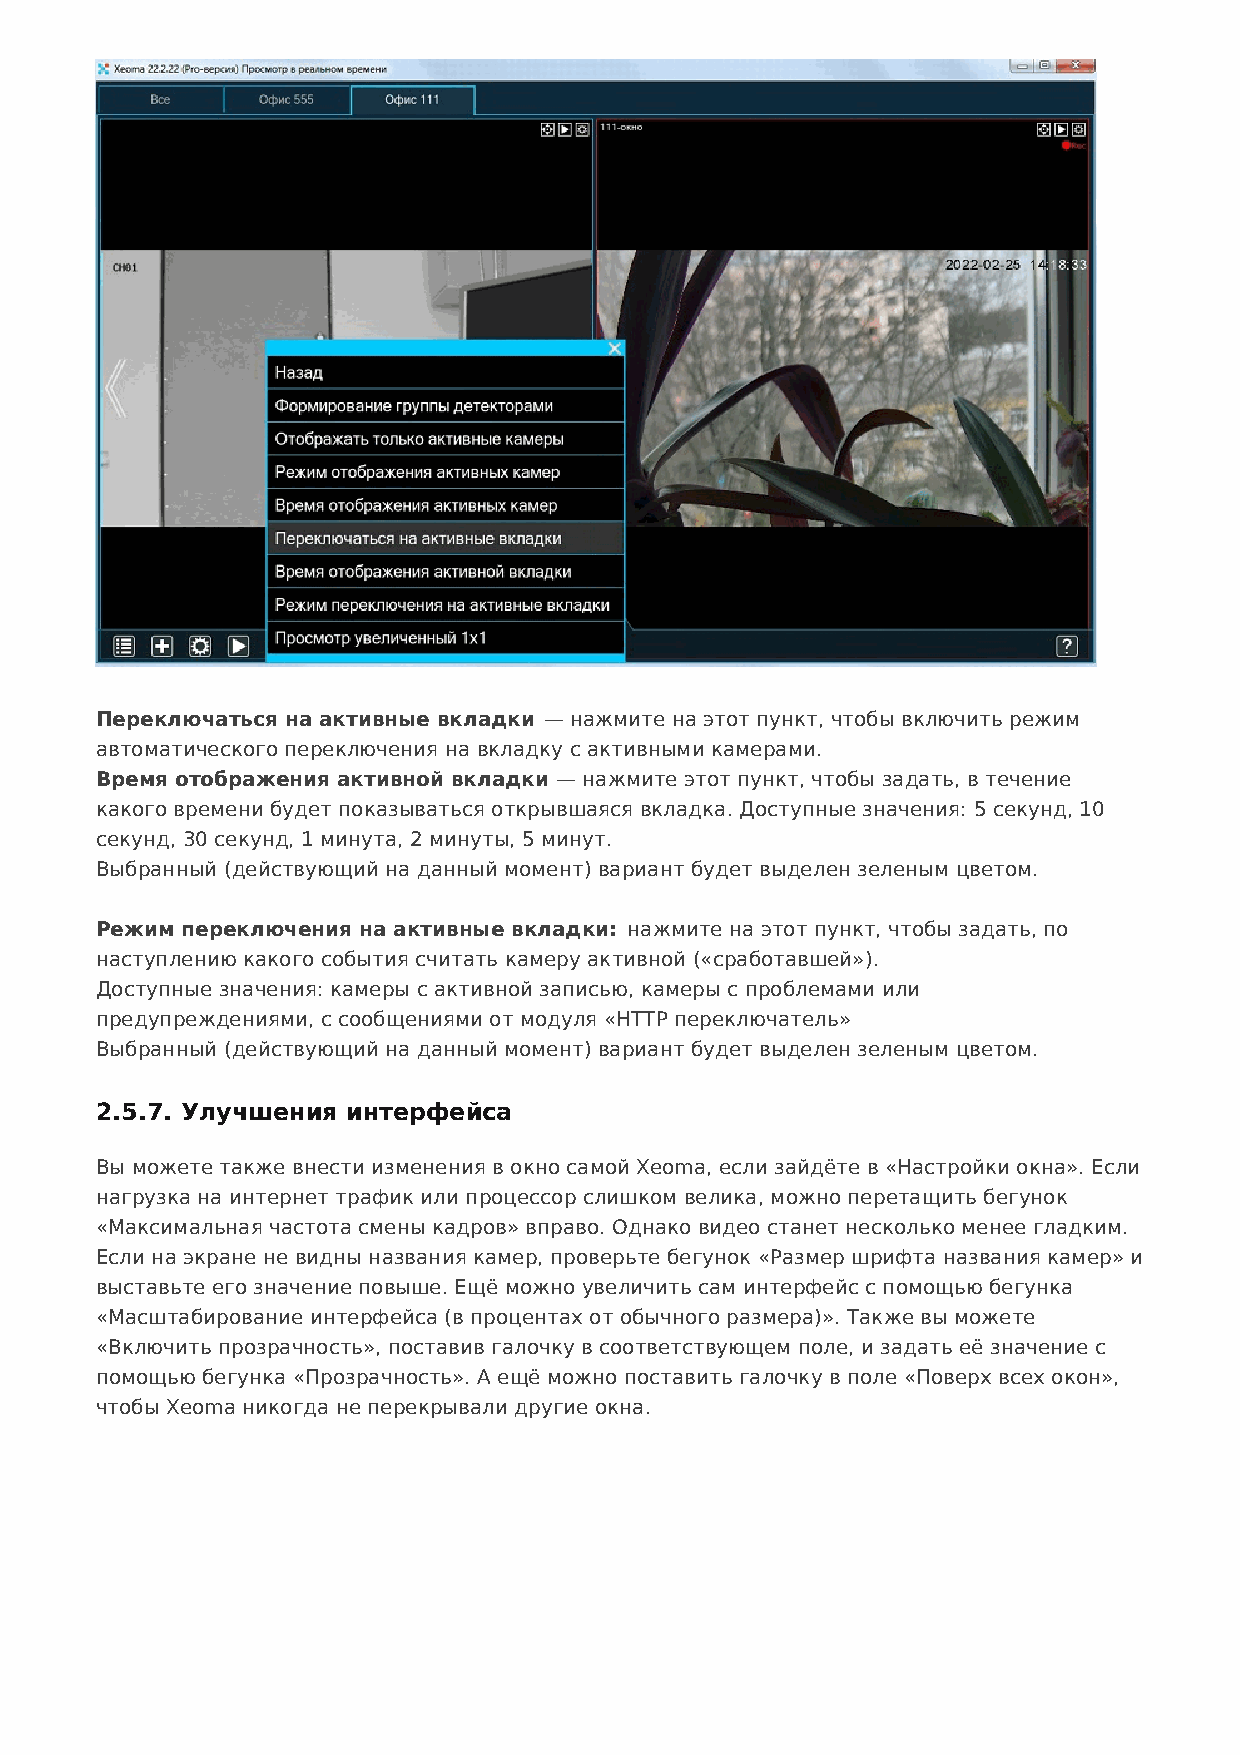
Переключаться на активные вкладки — нажмите на этот пункт, чтобы включить режим
 автоматического переключения на вкладку с активными камерами.
 Время отображения активной вкладки — нажмите этот пункт, чтобы задать, в течение
 какого времени будет показываться открывшаяся вкладка. Доступные значения: 5 секунд, 10
 секунд, 30 секунд, 1 минута, 2 минуты, 5 минут.
 Выбранный (действующий на данный момент) вариант будет выделен зеленым цветом.
 Режим переключения на активные вкладки: нажмите на этот пункт, чтобы задать, по
 наступлению какого события считать камеру активной («сработавшей»).
 Доступные значения: камеры с активной записью, камеры с проблемами или
 предупреждениями, с сообщениями от модуля «HTTP переключатель»
 Выбранный (действующий на данный момент) вариант будет выделен зеленым цветом.
 2.5.7. Улучшения интерфейса
 Вы можете также внести изменения в окно самой Xeoma, если зайдёте в «Настройки окна». Если
 нагрузка на интернет трафик или процессор слишком велика, можно перетащить бегунок
 «Максимальная частота смены кадров» вправо. Однако видео станет несколько менее гладким.
 Если на экране не видны названия камер, проверьте бегунок «Размер шрифта названия камер» и
 выставьте его значение повыше. Ещё можно увеличить сам интерфейс с помощью бегунка
 «Масштабирование интерфейса (в процентах от обычного размера)». Также вы можете
 «Включить прозрачность», поставив галочку в соответствующем поле, и задать её значение с
 помощью бегунка «Прозрачность». А ещё можно поставить галочку в поле «Поверх всех окон»,
 чтобы Xeoma никогда не перекрывали другие окна.